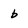
Character: b